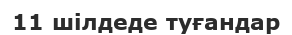
11 шілдеде туғандар